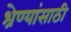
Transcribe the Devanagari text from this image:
श्रेण्यांसाठी